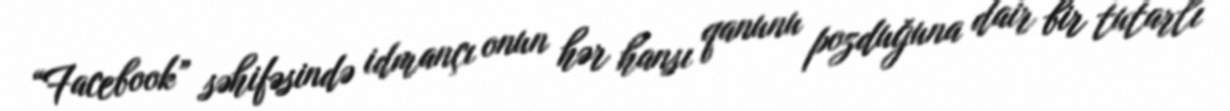
“Facebook” səhifəsində idmançı onun hər hansı qanunu pozduğuna dair bir tutarlı